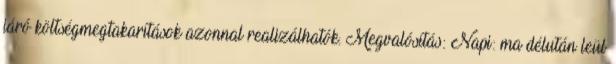
járó költségmegtakarítások azonnal realizálhatók. Megvalósítás: Napi: ma délután leül